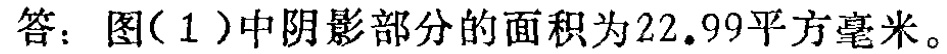
答：图(1)中阴影部分的面积为\(22.99\)平方毫米。